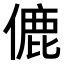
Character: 𬿚